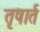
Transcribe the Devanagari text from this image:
तृषार्त